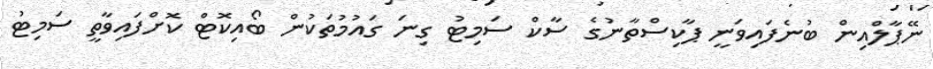
ނޭޕާލްއިން ބުނެފައިވަނީ ޕާކިސްތާނުގެ ސާކް ސަމިޓު ގިނަ ގައުމުތަކުން ބޯއިކޮޓް ކޮށްފައިވާތީ ސަމިޓު